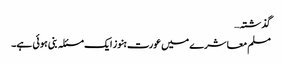
گذشتہ…
مسلم معاشرے میں عورت ہنوز ایک مسئلہ بنی ہوئی ہے۔